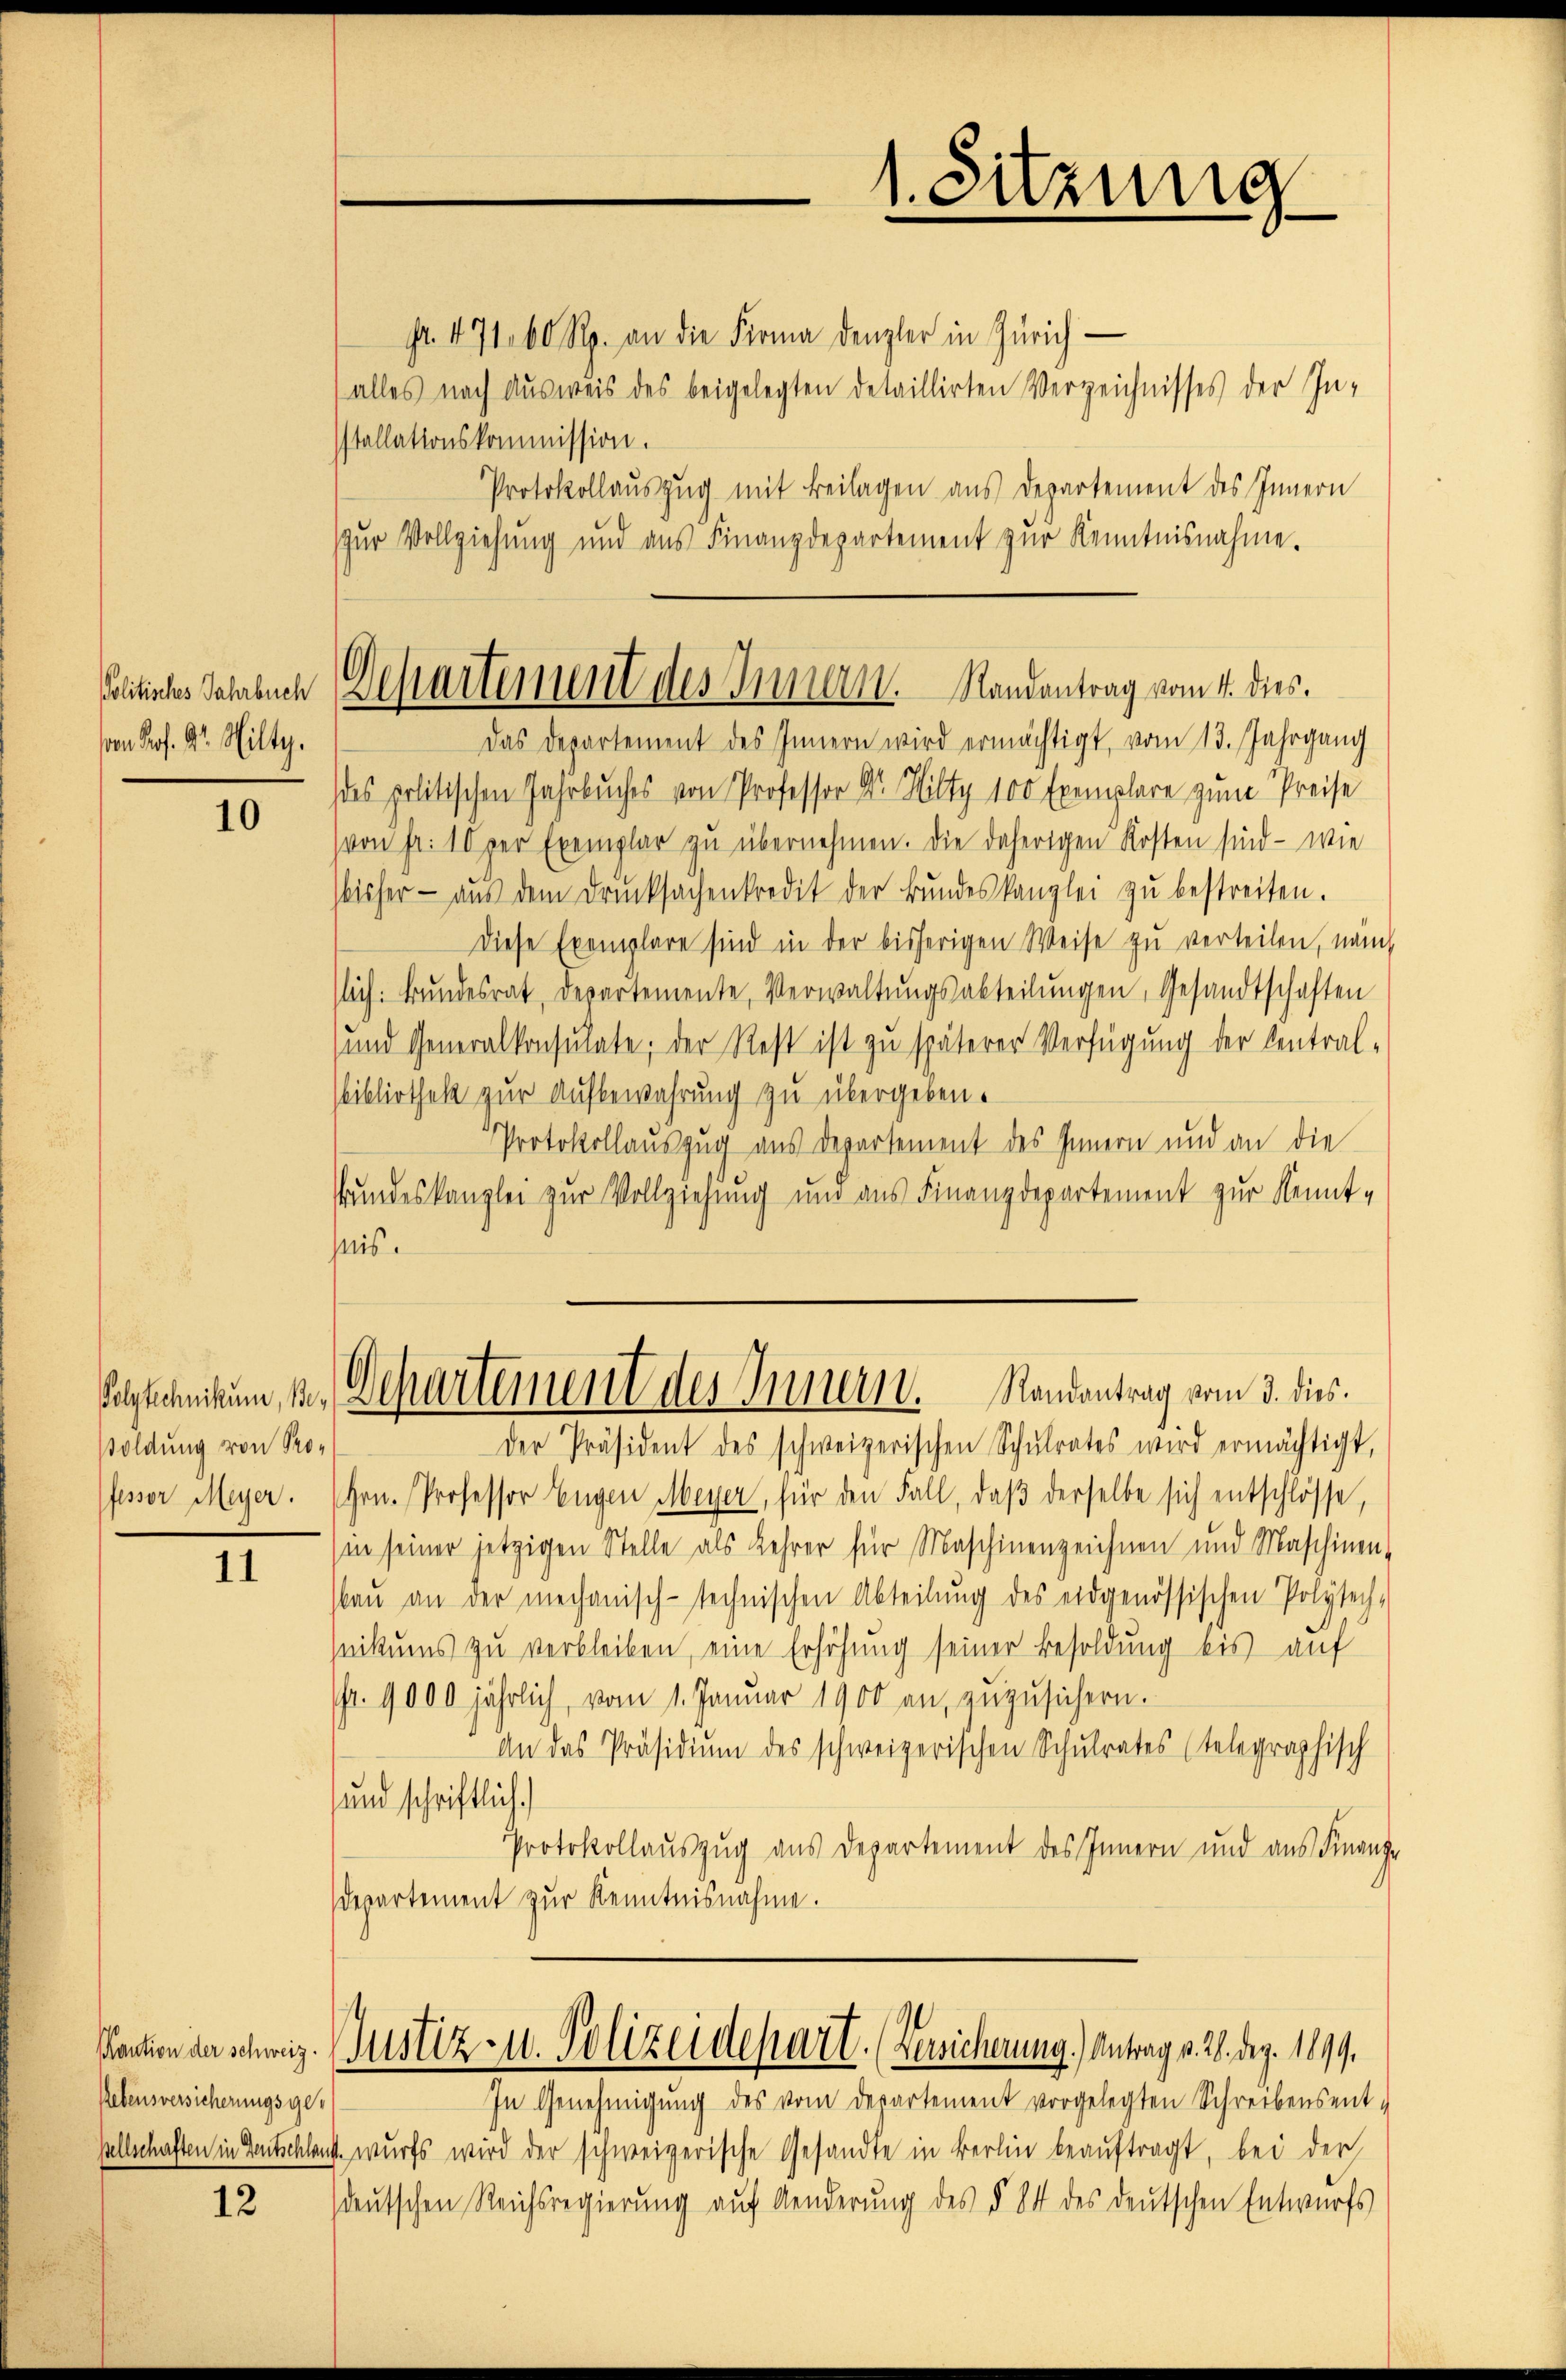
Politisches Jahrbuch
von Prof. G. Hilty.

10

soldung von Pro¬

11

Rebensversicherungsgesellschaften in Gentschland.

12

Nr. 471. 60 Rp. an die Firma denzler in Zürich
alles nach Ausweis des beigelegten detaillirten Verzeichnisses der Installationskommission.
Protokollauszug mit Beilagen aus Departement des Innern
zur Vollziehung und aus Finanzdepartement zur Kenntnisnahme.
Das Departement des Innern wird ermächtigt, vom 13. Jahrgang
des politischen Jahrbuches von Professor Dr. Hilty 100 Exemplare zum Preise
von Fr. 10 per Exemplar zu übernehmen. Die daherigen Kosten sind — wie
bisher aŭs dem Drucksagenkredit der Bŭndeskanzlei zŭ bestreiten.
Diese Exemplare sind in der bisherigen Weise zu verteilen, nat
slich. Bŭndesrat, departemente, Verwaltŭngsabteilŭngen, Gesandtschaften
und Generalkonsulate; der Rest ist zu späterer Verfügung der Central
sbibliothek zur Aufbewahrung zu übergeben.
Protokollauszug aus Departement des Innern und an die
tundeskanzlei zur Vollziehung und aus Finanzdepartement zur Kennt-
pis.
Polytechnikum, d. Departement des Innern. Randantrag vom 3. dies.
der Präsident des schweizerischen Schŭlrates wird ermächtigt,
Pfessor Meyer. Hrn. Professor Eugen Meyer, für den Fall, daβ derselbe sich entschlosse,
in seiner jetzigen Stelle als Lehrer für Maschinenzeichnen und Maschiner
baŭ an der mechanisch-technischen Abteilŭng des eidgenössischen Polysen
nikums zu verbleiben, eine Erhöhung seiner Besoldung bis auf
fr. 9000 jährlich, vom 1. Januar 1900 an, zuzusichern.
An das Präsidium des schweizerischen Schulrates (telegraphisch
und schriftlich
Protokollauszug aus Departement des Innern und aus Finan
Departement zur Kenntnisnahme.

1. Sitzung

Dchartement des Innern. Randantrag vom 4. dies

action der schweiz. Justiz u. Polizeidepart. (Bewicherung.) Antrag v. 28. Dez. 1899.

In Genehmigŭng des vom Departement vorgelegten Schreibensent-
wurfs wird der schweizerische Gesandte in Berlin beaŭftragt, bei der
sdeutschen Reichsregierung auf Aenderung des § 84 des deutschen Entwurfs